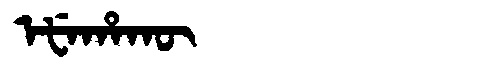
Manchu: ᡝᡶᡝᡥᠠᡴᡡ
Romanization: EFEHAKŪ